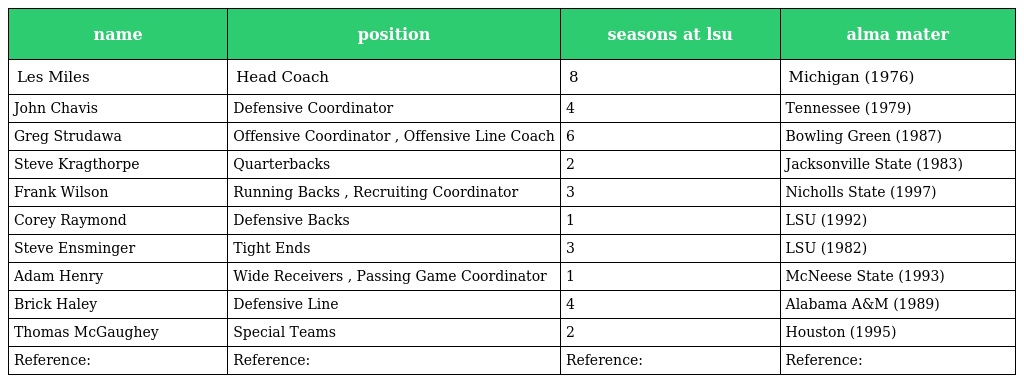
| name | position | seasons at lsu | alma mater |
 | --- | --- | --- | --- |
 | Les Miles | Head Coach | 8 | Michigan (1976) |
 | John Chavis | Defensive Coordinator | 4 | Tennessee (1979) |
 | Greg Strudawa | Offensive Coordinator , Offensive Line Coach | 6 | Bowling Green (1987) |
 | Steve Kragthorpe | Quarterbacks | 2 | Jacksonville State (1983) |
 | Frank Wilson | Running Backs , Recruiting Coordinator | 3 | Nicholls State (1997) |
 | Corey Raymond | Defensive Backs | 1 | LSU (1992) |
 | Steve Ensminger | Tight Ends | 3 | LSU (1982) |
 | Adam Henry | Wide Receivers , Passing Game Coordinator | 1 | McNeese State (1993) |
 | Brick Haley | Defensive Line | 4 | Alabama A&M (1989) |
 | Thomas McGaughey | Special Teams | 2 | Houston (1995) |
 | Reference: | Reference: | Reference: | Reference: |